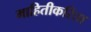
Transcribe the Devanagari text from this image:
माहितीकरिता